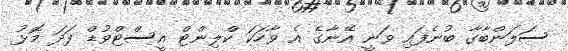
ސަލަންބާގާ ބުނެފައި ވަނީ އޭނާގެ އެ ވާހަކަ ކްލިންޓް އީސްޓްވުޑް ފަދަ މޮޅު